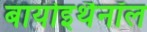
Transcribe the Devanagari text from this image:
बायोइथैनॉल